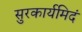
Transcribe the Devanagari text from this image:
सुरकार्यमिदं